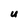
Character: U